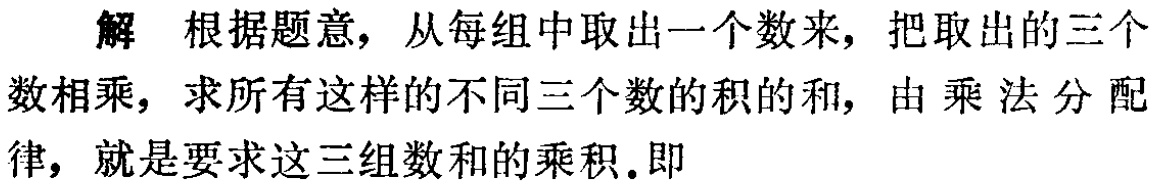
解 根据题意，从每组中取出一个数来，把取出的三个数相乘，求所有这样的不同三个数的积的和，由乘法分配律，就是要求这三组数和的乘积.即